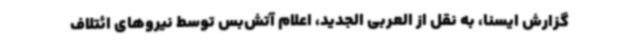
گزارش ایسنا، به نقل از العربی الجدید، اعلام آتش‌بس توسط نیروهای ائتلاف